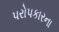
પરોપકારના